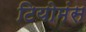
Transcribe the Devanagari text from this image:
टियोमंस